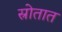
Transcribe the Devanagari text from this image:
स्रोतात